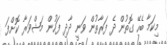
މިކަމާ ބެހޭ ގޮތުން ދެ ފަރާތުން ވަނީ ދާދި ފަހުން މަޝްވަރާ ކޮށްފަ